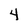
Character: 4